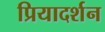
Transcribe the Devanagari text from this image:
प्रियादर्शन